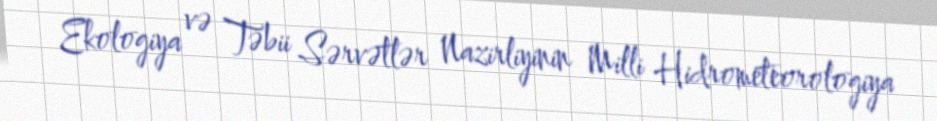
Ekologiya və Təbii Sərvətlər Nazirliyinin Milli Hidrometeorologiya